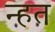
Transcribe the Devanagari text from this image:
न्हत